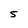
Character: 5